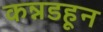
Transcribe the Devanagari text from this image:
कन्नडहून